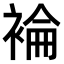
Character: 𧛈